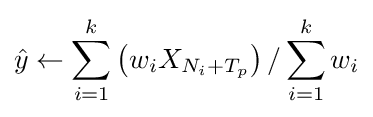
{\hat {y}}\gets \sum _{i=1}^{k}\left(w_{i}X_{N_{i}+T_{p}}\right)/\sum _{i=1}^{k}w_{i}